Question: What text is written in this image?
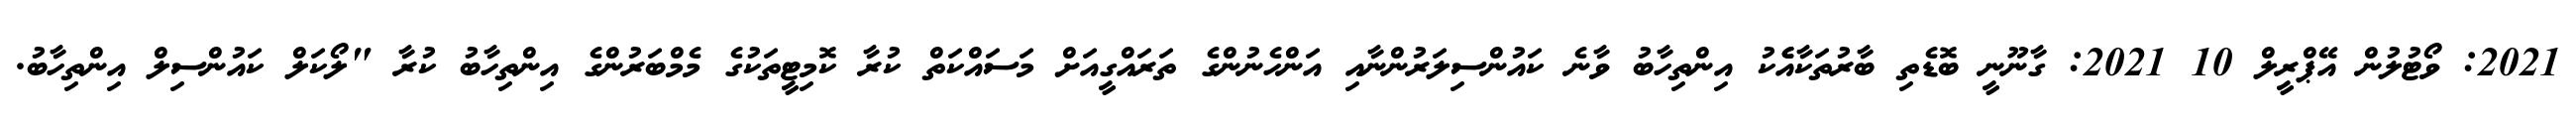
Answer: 2021: ވޯޓުލުން އޭޕްރީލް 10 2021: ގާނޫނީ ބޮޑެތި ބާރުތަކާއެެކު އިންތިހާބު ވާނެ ކައުންސިލަރުންނާއި އަންހެނުންގެ ތަރައްގީއަށް މަސައްކަތް ކުރާ ކޮމިޓީތަކުގެ މެމްބަރުންގެ އިންތިހާބު ކުރާ "ލޯކަލް ކައުންސިލް އިންތިހާބު.